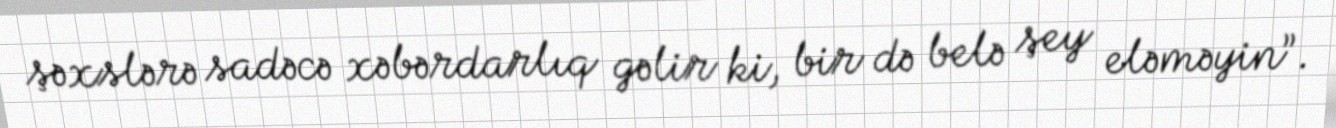
şəxslərə sadəcə xəbərdarlıq gəlir ki, bir də belə şey eləməyin”.